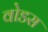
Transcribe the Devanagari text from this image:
वोडस